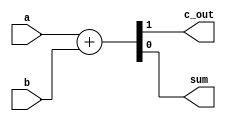
`timescale 1ns / 1ps
//////////////////////////////////////////////////////////////////////////////////
// Company: CSULB
// Engineers: Jose Aceves & Amin Rezaei 
// Design Name: 361_Lab1
// Module Name: HA
// Revision 0.01 - File Created
//////////////////////////////////////////////////////////////////////////////////

module HA(    
    input a, 
    input b,
    output c_out,
    output sum
);

    assign {c_out, sum} = a + b;
endmodule